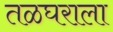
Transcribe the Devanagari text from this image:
तळघराला